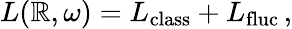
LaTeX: L(\mathbb{R},\omega)=L_{\mathrm{{class}}}+L_{\mathrm{{fluc}}}\, ,